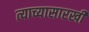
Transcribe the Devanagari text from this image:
त्याच्यासारखी